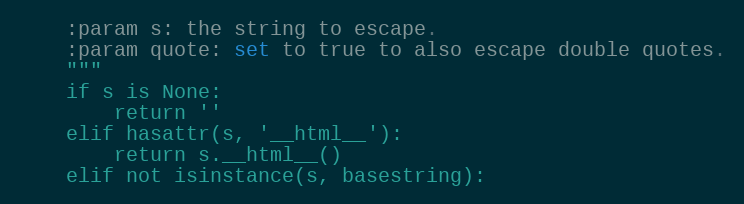
Language: Python
    :param s: the string to escape.
    :param quote: set to true to also escape double quotes.
    """
    if s is None:
        return ''
    elif hasattr(s, '__html__'):
        return s.__html__()
    elif not isinstance(s, basestring):